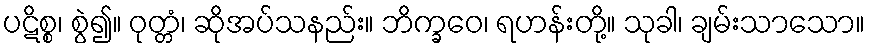
ပဋိစ္စ၊ စွဲ၍။ ဝုတ္တံ၊ ဆိုအပ်သနည်း။ ဘိက္ခဝေ၊ ရဟန်းတို့။ သုခါ၊ ချမ်းသာသော။